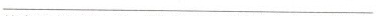
___